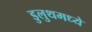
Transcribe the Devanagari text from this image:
डुलुथमध्ये